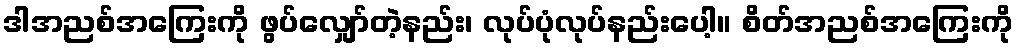
ဒါအညစ်အကြေးကို ဖွပ်လျှော်တဲ့နည်း၊ လုပ်ပုံလုပ်နည်းပေါ့။ စိတ်အညစ်အကြေးကို